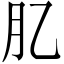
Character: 肊